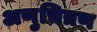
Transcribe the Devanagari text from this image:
अणुचित्रण